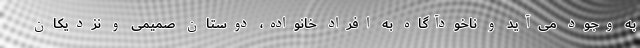
به وجود می‌آید و ناخودآگاه به افراد خانواده، دوستان صمیمی و نزدیکان